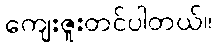
ကျေးဇူးတင်ပါတယ်။